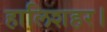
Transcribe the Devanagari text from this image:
हालिशहर।